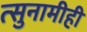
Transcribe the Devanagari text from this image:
त्सुनामीही